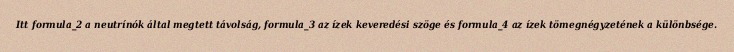
Itt formula_2 a neutrínók által megtett távolság, formula_3 az ízek keveredési szöge és formula_4 az ízek tömegnégyzetének a különbsége.